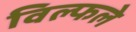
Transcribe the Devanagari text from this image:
विल्फले